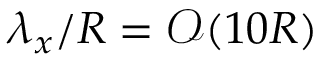
\lambda _ { x } / R = \mathcal O ( 1 0 R )